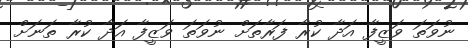
ނުވަތަ ވަޒީފާ އަދާ ކުރާ ފަރާތަށް ނުވަތަ ވަޒީފާ އަދާ ކުރާ ތަނަށް